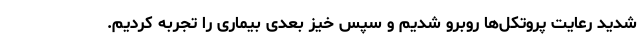
شدید رعایت پروتکل‌ها روبرو شدیم و سپس خیز بعدی بیماری را تجربه کردیم.